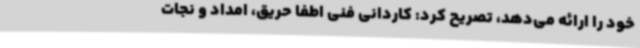
خود را ارائه می‌دهد، تصریح کرد: کاردانی فنی اطفا حریق، امداد و نجات